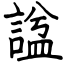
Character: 諡